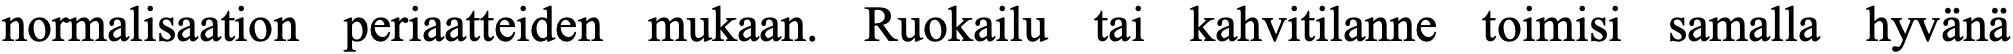
normalisaation periaatteiden mukaan. Ruokailu tai kahvitilanne toimisi samalla hyvänä